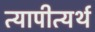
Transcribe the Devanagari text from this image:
त्यापीत्यर्थ